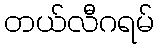
တယ်လီဂရမ်